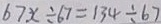
6 7 x \div 6 7 = 1 3 4 \div 6 7